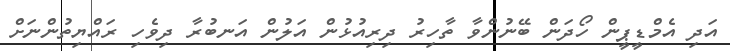
އަދި އެމްޑީޕީން ހޯދަން ބޭނުންވާ ތާހިރު ދިރިއުޅުން އަލުން އަނބުރާ ދިވެހި ރައްޔިތުންނަށް